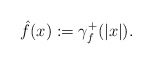
\begin{align*}\hat{f}(x):=\gamma _{f}^{+}(|x|). \end{align*}